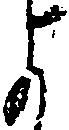
よ